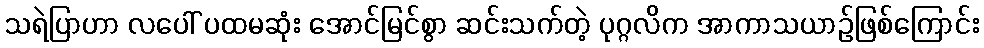
သရဲပြာဟာ လပေါ် ပထမဆုံး အောင်မြင်စွာ ဆင်းသက်တဲ့ ပုဂ္ဂလိက အာကာသယာဉ်ဖြစ်ကြောင်း